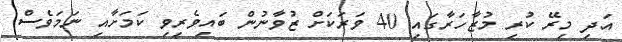
އަދި މިރޭ ކުރި މުޒާހަރާގައި 40 ވަރަކަށް ޒުވާނުން ބައިވެރިވި ކަމަށާއި ނަމަވެސް